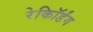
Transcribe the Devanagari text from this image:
रेकॉिर्डंग